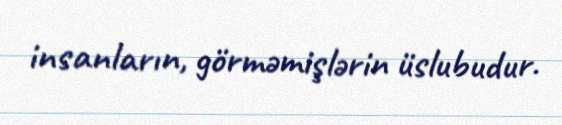
insanların, görməmişlərin üslubudur.